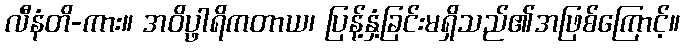
လီနံတိ-ကား။ အဝိပ္ဖာရိကတာယ၊ ပြန့်နှံ့ခြင်းမရှိသည်၏အဖြစ်ကြောင့်။